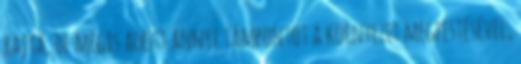
rajta, de mégis adott annyi támpontot a környezet megfestésével,